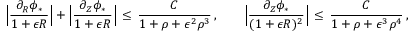
\Bigl | \frac { \partial _ { R } \phi _ { * } } { 1 + \epsilon R } \Bigr | + \Bigl | \frac { \partial _ { Z } \phi _ { * } } { 1 + \epsilon R } \Bigr | \, \le \, \frac { C } { 1 + \rho + \epsilon ^ { 2 } \rho ^ { 3 } } \, , \qquad \Bigl | \frac { \partial _ { Z } \phi _ { * } } { ( 1 + \epsilon R ) ^ { 2 } } \Bigr | \, \le \, \frac { C } { 1 + \rho + \epsilon ^ { 3 } \rho ^ { 4 } } \, ,